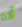
أنه